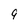
Character: 9